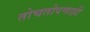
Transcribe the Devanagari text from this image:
तोचतोपणाही